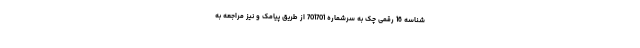
شناسه 16 رقمی چک به سرشماره 701701 از طریق پیامک و نیز مراجعه به